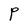
Character: P